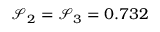
\mathcal { S } _ { 2 } = \mathcal { S } _ { 3 } = 0 . 7 3 2